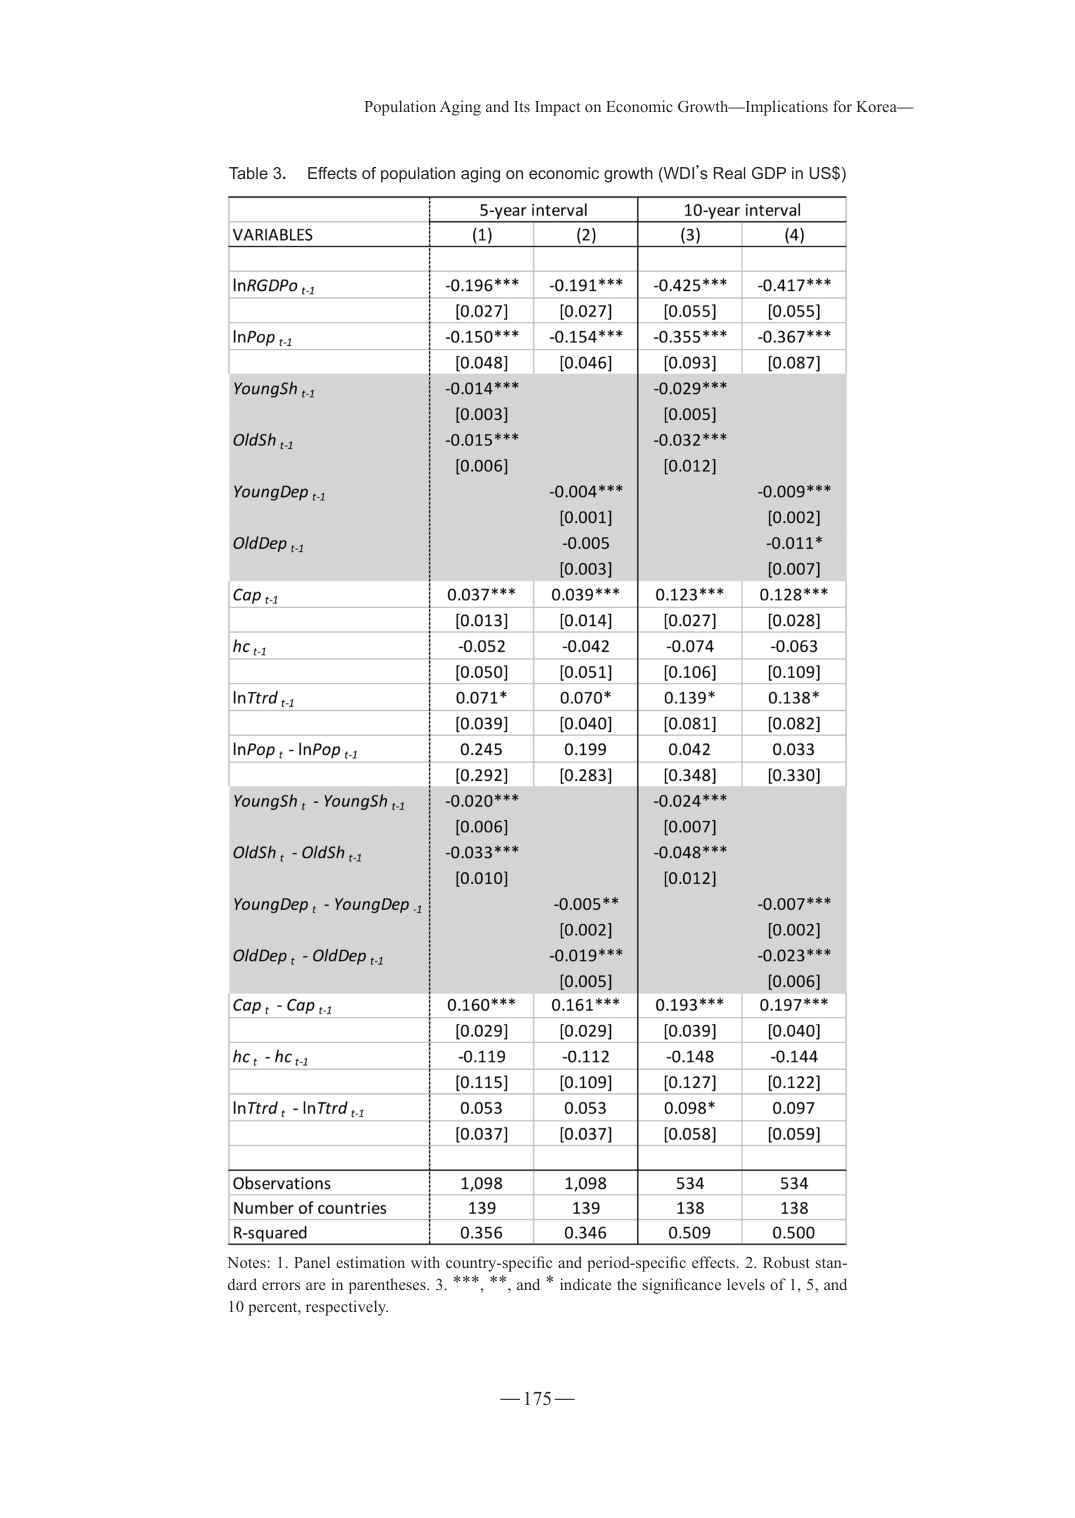
Population Aging and Its Impact on Economic Growth—Implications for Korea—

Table 3. Effects of population aging on economic growth (WDI’s Real GDP in US$)

VARIABLES | 5-year interval | 10-year interval
--- | --- | ---
 | (1) | (2) | (3) | (4)
lnRGDPo t-1 | -0.196*** | -0.191*** | -0.425*** | -0.417***
 | [0.027] | [0.027] | [0.055] | [0.055]
lnPop t-1 | -0.150*** | -0.154*** | -0.355*** | -0.367***
 | [0.048] | [0.046] | [0.093] | [0.087]
YoungSh t-1 | -0.014*** | | -0.029*** |
 | [0.003] | | [0.005] |
OldSh t-1 | -0.015*** | | -0.032*** |
 | [0.006] | | [0.012] |
YoungDep t-1 | | -0.004*** | | -0.009***
 | | [0.001] | | [0.002]
OldDep t-1 | | -0.005 | | -0.011*
 | | [0.003] | | [0.007]
Cap t-1 | 0.037*** | 0.039*** | 0.123*** | 0.128***
 | [0.013] | [0.014] | [0.027] | [0.028]
hc t-1 | -0.052 | -0.042 | -0.074 | -0.063
 | [0.050] | [0.051] | [0.106] | [0.109]
lnTrd t-1 | 0.071* | 0.070* | 0.139* | 0.138*
 | [0.039] | [0.040] | [0.081] | [0.082]
lnPop t - lnPop t-1 | 0.245 | 0.199 | 0.042 | 0.033
 | [0.292] | [0.283] | [0.348] | [0.330]
YoungSh t - YoungSh t-1 | -0.020*** | | -0.024*** |
 | [0.006] | | [0.007] |
OldSh t - OldSh t-1 | -0.033*** | | -0.048*** |
 | [0.010] | | [0.012] |
YoungDep t - YoungDep t-1 | | -0.005** | | -0.007***
 | | [0.002] | | [0.002]
OldDep t - OldDep t-1 | | -0.019*** | | -0.023***
 | | [0.005] | | [0.006]
Cap t - Cap t-1 | 0.160*** | 0.161*** | 0.193*** | 0.197***
 | [0.029] | [0.029] | [0.039] | [0.040]
hc t - hc t-1 | -0.119 | -0.112 | -0.148 | -0.144
 | [0.115] | [0.109] | [0.127] | [0.122]
lnTrd t - lnTrd t-1 | 0.053 | 0.053 | 0.098* | 0.097
 | [0.037] | [0.037] | [0.058] | [0.059]
Observations | 1,098 | 1,098 | 534 | 534
Number of countries | 139 | 139 | 138 | 138
R-squared | 0.356 | 0.346 | 0.509 | 0.500

Notes: 1. Panel estimation with country-specific and period-specific effects. 2. Robust standard errors are in parentheses. 3. ***, **, and * indicate the significance levels of 1, 5, and 10 percent, respectively.

— 175 —